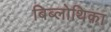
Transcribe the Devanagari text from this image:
बिब्लोथिका